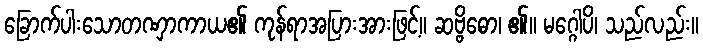
ခြောက်ပါးသောတဏှာကာယ၏ ကုန်ရာအပြားအားဖြင့်။ ဆဗ္ဗိဓော၊ ၏။ မဂ္ဂေါပိ၊ သည်လည်း။